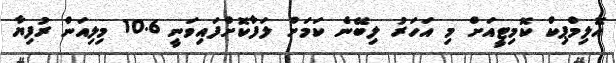
އޮލިމްޕިކް ކޮމިޓީއަށް މި އަހަރު ލިބޭނެ ކަމަށް ލަފާކޮށްފައިވަނީ 10.6 މިލިއަން ރުފިޔާ